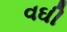
વઘી